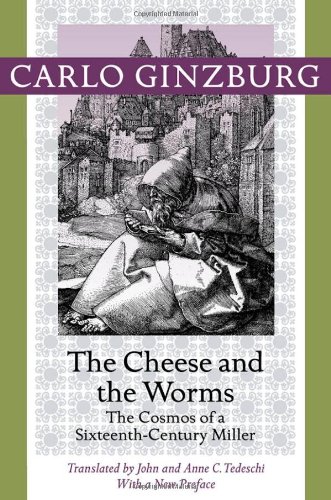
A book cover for The Cheese and the Worms: The Cosmos of a Sixteenth-Century Miller; Carlo Ginzburg; History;